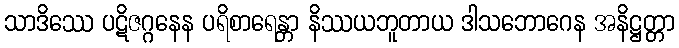
သာဒိဿေ ပဋိဇဂ္ဂနေန ပရိစာရေန္တာ နိဿယဘူတာယ ဒါသဘောဂေန အနိဋ္ဌတ္တာ